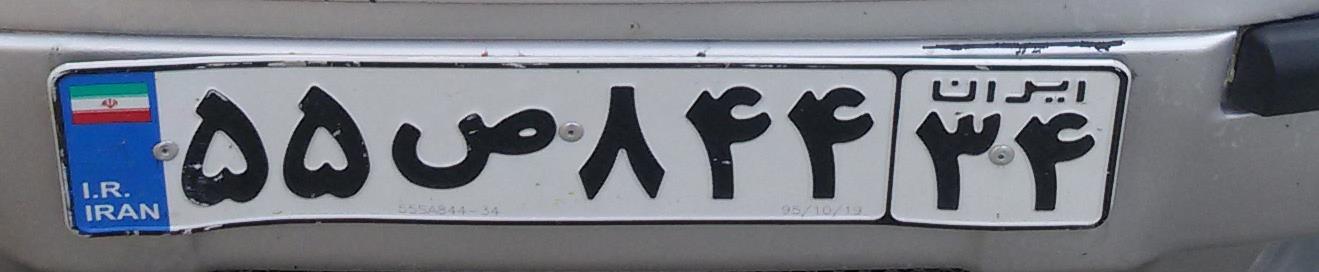
۵۵ص۸۴۴۳۴